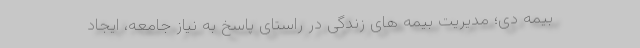
بیمه دی؛ مدیریت بیمه های زندگی در راستای پاسخ به نیاز جامعه، ایجاد